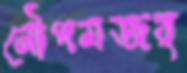
নৌপমজর্